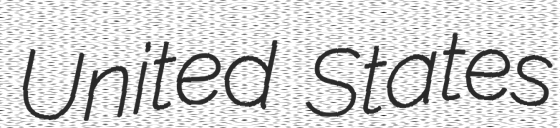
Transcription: United States